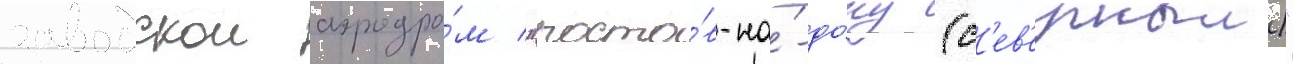
заводскои аэродро́м "росто́в-на́-до́ну (с'ев'ерныи)"